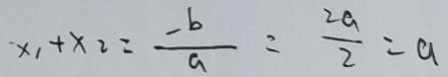
x _ { 1 } + x _ { 2 } = \frac { - b } { a } = \frac { 2 a } { 2 } = a